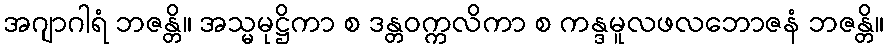
အဂျာဂါရံ ဘဇန္တိ။ အသ္မမုဋ္ဌိကာ စ ဒန္တဝက္ကလိကာ စ ကန္ဒမူလဖလဘောဇနံ ဘဇန္တိ။